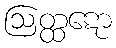
ဩတ္ထဋော